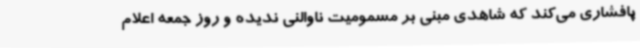
پافشاری می‌کند که شاهدی مبنی بر مسمومیت ناوالنی ندیده و روز جمعه اعلام